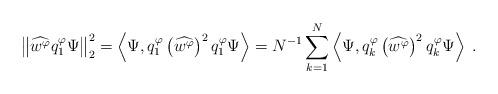
LaTeX: \begin{align*}\left\Vert \widehat{w^{\varphi}}q_{1}^{\varphi}\Psi\right\Vert^2_2 &=\left\langle\Psi,q_{1}^{\varphi} \left(\widehat{w^{\varphi}}\right)^2q_{1}^{\varphi}\Psi\right\rangle=N^{-1}\sum_{k=1}^N\left\langle\Psi,q_{k}^{\varphi} \left(\widehat{w^{\varphi}}\right)^2q_{k}^{\varphi}\Psi\right\rangle\;.\end{align*}